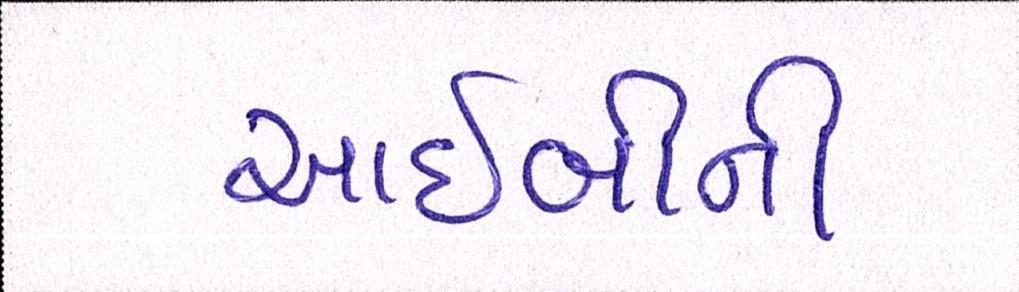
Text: આઈબીની